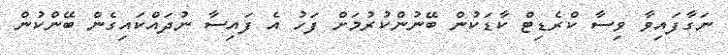
ނަގާފައިވާ ވިސާ ކްރެޑިޓް ކާޑަކުން ބޭނުންކުރުމަށް ފަހު އެ ފައިސާ ނުދައްކައިގެން ބޭންކުން